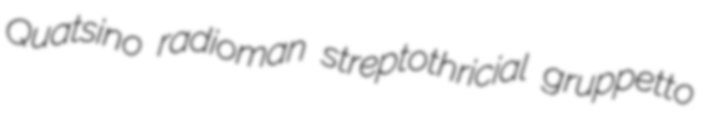
Quatsino radioman streptothricial gruppetto